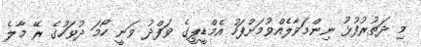
މި ދަތުރުފުޅު ނިންމަވާލެއްވުމަށްފަހު އެމްޑީޕީގެ ވަފްދު ވަނީ ހޯމަ ދުވަހުގެ ރޭ މާލެ